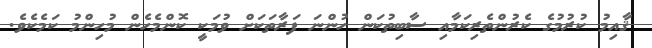
ޤާއިމު ކުރުމުގެ ކެރުންތެރިކަމާއި ސާބިތުކަން ހުންނަ ފަރާތަކަށް ވުމަކީ ކޮންމެހެން މުހިންމު ކަމެކެވެ.